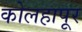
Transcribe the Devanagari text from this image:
कोलहापूर